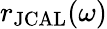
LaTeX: r_{\mathrm{JCAL}}(\omega)